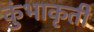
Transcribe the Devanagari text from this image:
कुंभाकृती